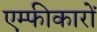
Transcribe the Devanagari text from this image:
एम्फीकारों